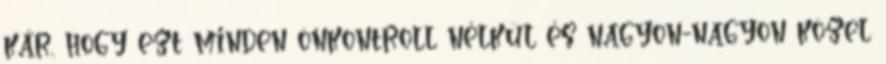
kár, hogy ezt minden önkontroll nélkül és nagyon-nagyon közel